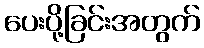
ပေးပို့ခြင်းအတွက်